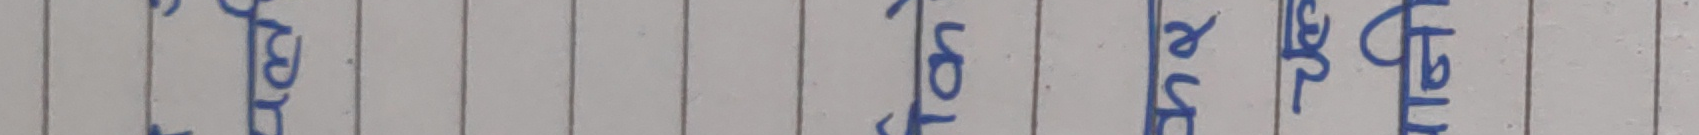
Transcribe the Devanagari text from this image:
फोन गर